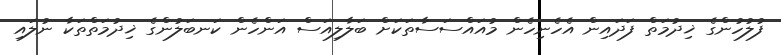
ފުލުހުންގެ ޚިދުމަތް ފަދައިން އެހެނިހެން މުއައްސަސާތަކަށް ބަލާލިއަސް އަންހެން ކަނބަލުންގެ ޚިދުމަތްތަކާ ނުލައި